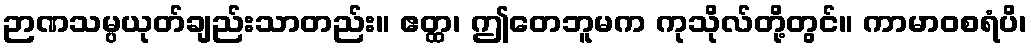
ဉာဏသမ္ပယုတ်ချည်းသာတည်း။ ဧတ္ထ၊ ဤတေဘူမက ကုသိုလ်တို့တွင်။ ကာမာဝစရံပိ၊